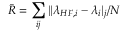
\bar { R } = \sum _ { i j } { | | \lambda _ { H F , i } - \lambda _ { i } | _ { j } / N }